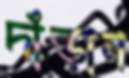
দাঁড়ান